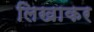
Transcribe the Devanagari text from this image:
लिखाकर